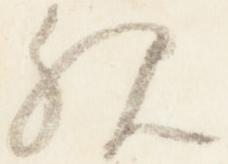
親